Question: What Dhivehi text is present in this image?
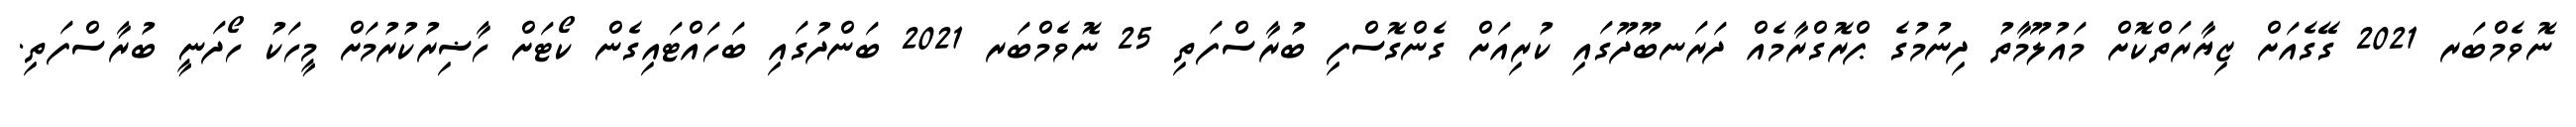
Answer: ނޮވެމްބަރ 2021 ގޭގެއަށް ޒިޔާރަތްކޮށް މައުލޫމާތު ދިނުމުގެ ޕްރޮގްރާމެއް ދަރަނބޫދޫގައި ކުރިއަށް ގެންގޮސްފި ބުރާސްފަތި 25 ނޮވެމްބަރ 2021 ބަންދުގައި ބަހައްޓައިގެން ކޯޓަށް ހާޟިރުކުރުމަށް މީހަކު ހޯދަނީ ބުރާސްފަތި.